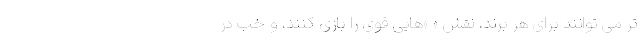
تر می توانند برای هر برند، نقش « »هایی قوی را بازی کنند، و خُب در